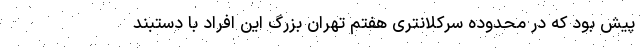
پیش بود که در محدوده سرکلانتری هفتم تهران بزرگ این افراد با دستبند